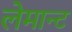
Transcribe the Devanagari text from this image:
लेमान्ट